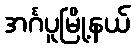
အင်္ဂပူမြို့နယ်